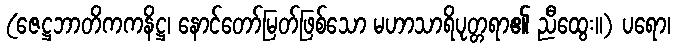
(ဇေဋ္ဌဘာတိကကနိဋ္ဌ၊ နောင်တော်မြတ်ဖြစ်သော မဟာသာရိပုတ္တရာ၏ ညီထွေး။) ပရော၊